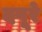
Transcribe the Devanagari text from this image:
दपूरे